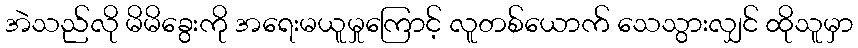
အဲသည်လို မိမိခွေးကို အရေးမယူမှုကြောင့် လူတစ်ယောက် သေသွားလျှင် ထိုသူမှာ